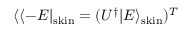
\langle \langle - E | _ { \mathrm { s k i n } } = ( U ^ { \dagger } | E \rangle _ { \mathrm { s k i n } } ) ^ { T }